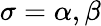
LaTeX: \sigma=\alpha,\beta